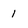
Character: 1